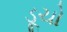
ડૂચો